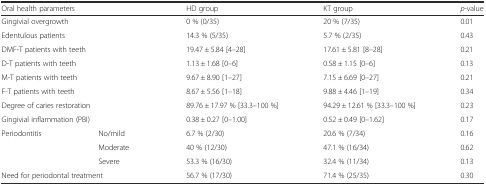
| <COLSPAN=2> Oral health parameters | HD group | KT group | p-value |
 | --- | --- | --- | --- | --- |
 | <COLSPAN=2> Gingivial overgrowth | 0 % (0/35) | 20 % (7/35) | 0.01 |
 | <COLSPAN=2> Edentulous patients | 14.3 % (5/35) | 5.7 % (2/35) | 0.43 |
 | <COLSPAN=2> DMF-T patients with teeth | 19.47 ± 5.84 [4–28] | 17.61 ± 5.81 [8–28] | 0.21 |
 | <COLSPAN=2> D-T patients with teeth | 1.13 ± 1.68 [0–6] | 0.58 ± 1.15 [0–6] | 0.13 |
 | <COLSPAN=2> M-T patients with teeth | 9.67 ± 8.90 [1–27] | 7.15 ± 6.69 [0–27] | 0.21 |
 | <COLSPAN=2> F-T patients with teeth | 8.67 ± 5.56 [1–18] | 9.88 ± 4.46 [1–19] | 0.34 |
 | <COLSPAN=2> Degree of caries restoration | 89.76 ± 17.97 % [33.3–100 %] | 94.29 ± 12.61 % [33.3–100 %] | 0.23 |
 | <COLSPAN=2> Gingivial inflammation (PBI) | 0.38 ± 0.27 [0–1.00] | 0.52 ± 0.49 [0–1.62] | 0.17 |
 | <ROWSPAN=3> Periodontitis | No/mild | 6.7 % (2/30) | 20.6 % (7/34) | 0.16 |
 | Moderate | 40 % (12/30) | 47.1 % (16/34) | 0.62 |
 | Severe | 53.3 % (16/30) | 32.4 % (11/34) | 0.13 |
 | <COLSPAN=2> Need for periodontal treatment | 56.7 % (17/30) | 71.4 % (25/35) | 0.30 |